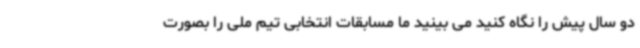
دو سال پیش را نگاه کنید می بینید ما مسابقات انتخابی تیم ملی را بصورت